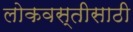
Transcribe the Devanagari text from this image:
लोकवस्तीसाठी